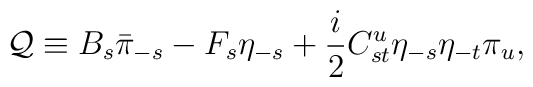
{\cal Q} \equiv B_s \bar{\pi}_{-s} - F_s \eta_{-s} +	\frac {i}{2} C_{st}^u \eta_{-s} \eta_{-t} \pi_u,